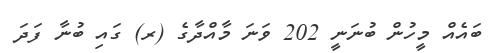
ބައެއް މީހުން ބުނަނީ 202 ވަނަ މާއްދާގެ (ރ) ގައި ބުނާ ފަދަ